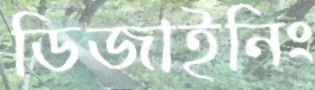
ডিজাইনিং